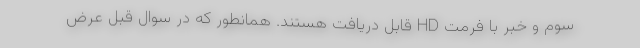
سوم و خبر با فرمت HD قابل دریافت هستند. همانطور که در سوال قبل عرض